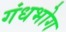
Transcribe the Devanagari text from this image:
गंधभोग